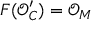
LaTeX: F ( { \mathcal { O } } _ { C } ^ { \prime } ) = { \mathcal { O } } _ { M }